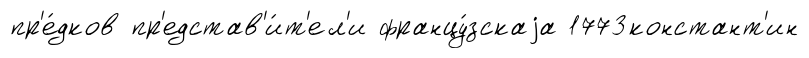
пр'е́дков пр'едстав'и́т'ел'и францу́зскаjа 1773констант'ин